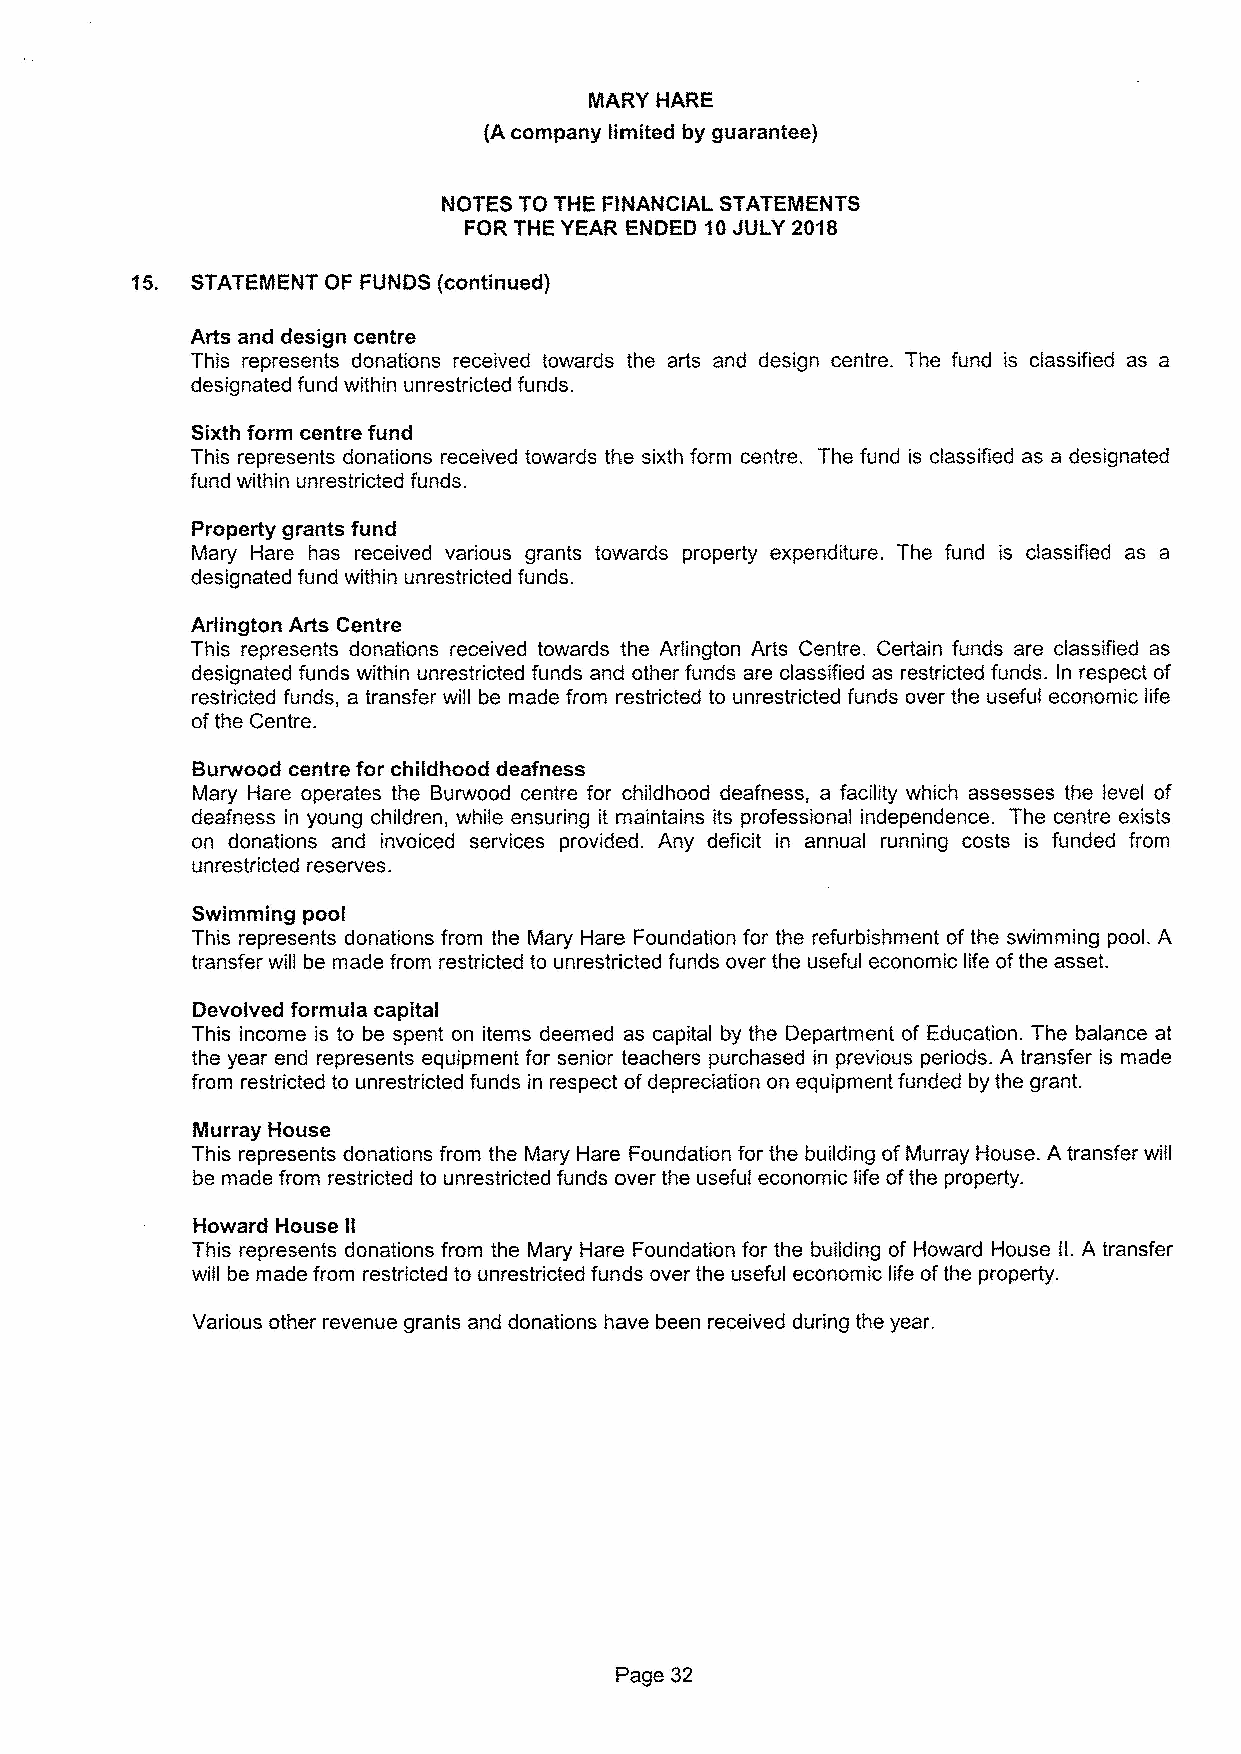
15. STATEMENT GF FUNDS (continued)
 Arts and design centre
 This represents donations received towards the arts and design centre. The fund is ciassified as a
 designated fund within unrestricted funds.
 Sixth form centre fund
 This represents donations received towards the sixth form centre. The fund is classified as a designated
 fund within unrestricted funds.
 Property grants fund
 Mary Hare has received various grants towards property expenditure. The fund is classified as a
 designated fund within unrestricted funds.
 Arlington Arts Centre
 This represents donations received towards the Arlington Arts Centre. Certain funds are classified as
 designated funds within unrestricted funds and other funds are classified as restricted funds. In respect of
 restricted funds, a transfer will be made from restricted to unrestricted funds over the useful economic life
 ofthe Centre.
 Burwood centre for childhood deafness
 Mary Hare operates the Burwood centre for childhood deafness, a facility which assesses the level of
 deafness in young children, while ensuring it maintains its professional independence. The centre exists
 on donations and invoiced services provided. Any deficit in annual running costs is funded from
 unrestricted reserves.
 Swimming pool
 This represents donations from the Mary Hare Foundation for the refurbishment of the swimming pool. A
 transfer will be made from restricted to unrestricted funds over the useful economic life ofthe asset.
 Devolved formula capitai
 This income is to be spent on items deemed as capital by the Department of Education. The balance at
 the year end represents equipment for senior teachers purchased in previous periods. A transfer is made
 from restricted to unrestricted funds in respect ofdepreciation on equipment funded by the grant.
 Murray House
 This represents donations from the Mary Hare Foundation for the building of Murray House. A transfer will
 be made from restricted to unrestricted funds over the useful economic life ofthe property.
 Howard House II
 This represents donations from the Mary Hare Foundation for the building of Howard House ll. A transfer
 will be made from restricted to unrestricted funds over the useful economic life ofthe property.
 Various other revenue grants and donations have been received during the year.